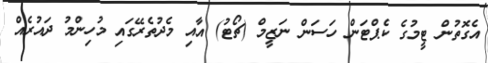
އެގޮތުން ޓީމުގެ ކެޕްޓަން ހަސަން ނަޒީމް (ޗޯޓު) އާއި މެދުތެރޭގައި މުހިންމު ދައުރެއް